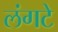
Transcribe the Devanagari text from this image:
लंगटे